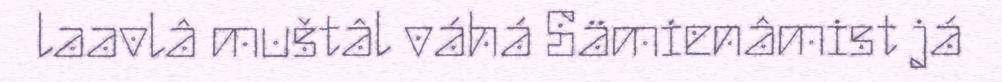
laavlâ muštâl váhá Sämienâmist já